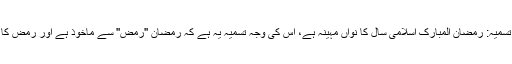
(کنزالایمان) وجہ تسمیہ: رمضان المبارک اسلامی سال کا نواں مہینہ ہے، اس کی وجہ تسمیہ یہ ہے کہ رمضان ''رمض'' سے ماخوذ ہے اور رمض کا معنٰی ''جَلانا ''ہے۔